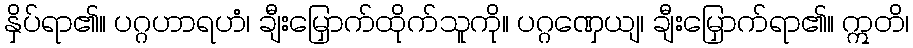
နှိပ်ရာ၏။ ပဂ္ဂဟာရဟံ၊ ချီးမြှောက်ထိုက်သူကို။ ပဂ္ဂဏှေယျ၊ ချီးမြှောက်ရာ၏။ ဣတိ၊